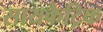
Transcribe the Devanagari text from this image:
सायकैट्रिक